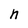
Character: n